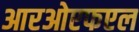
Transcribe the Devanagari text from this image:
आरओएफएल